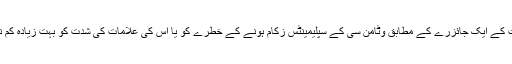
29 تحقیقات کے ایک جائزرے کے مطابق وٹامن سی کے سپلیمینٹس زکام ہونے کے خطرے کو یا اس کی علامات کی شدت کو بہت زیادہ کم نہیں کرتے۔